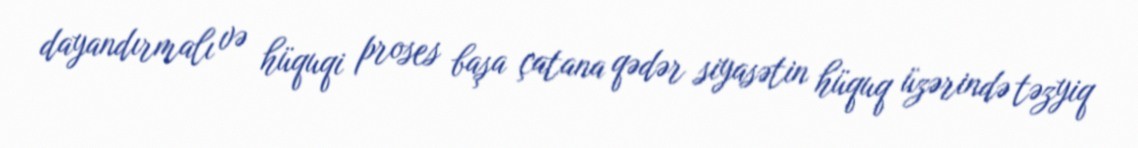
dayandırmalı və hüquqi proses başa çatana qədər siyasətin hüquq üzərində təzyiq